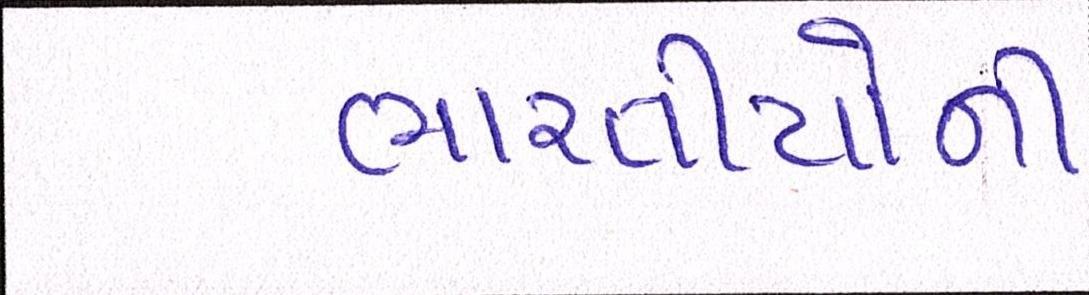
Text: ભારતીયોની